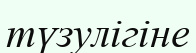
түзулігіне